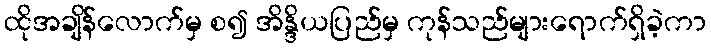
ထိုအချိန်လောက်မှ စ၍ အိန္ဒိယပြည်မှ ကုန်သည်များရောက်ရှိခဲ့ကာ